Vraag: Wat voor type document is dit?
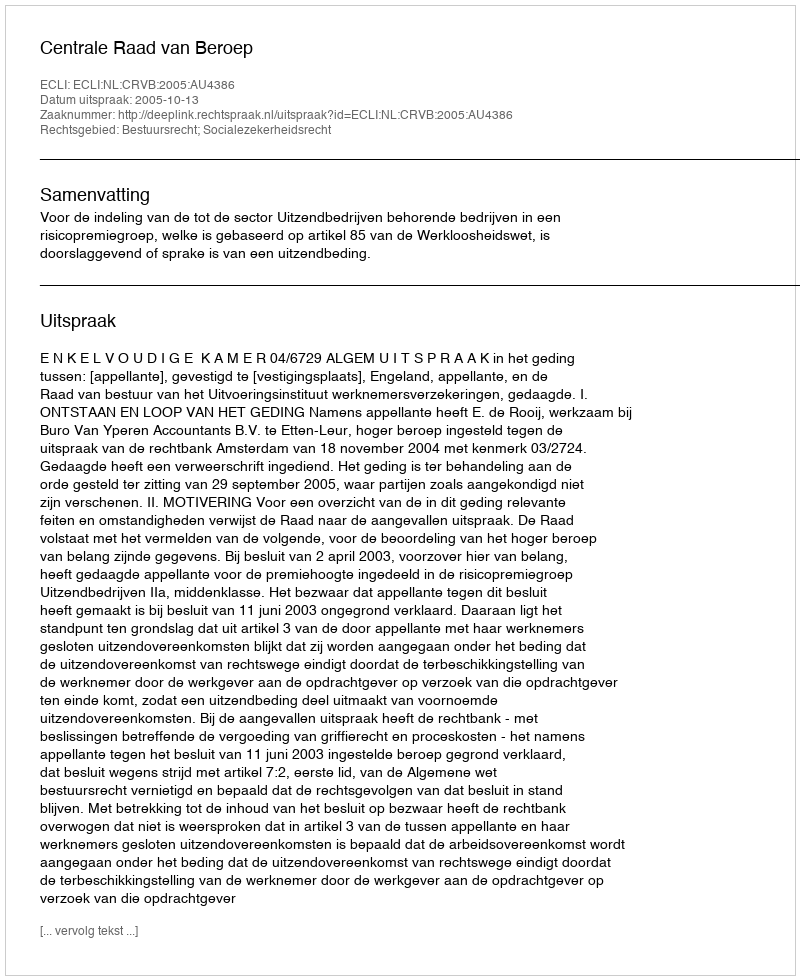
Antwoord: Uitspraak